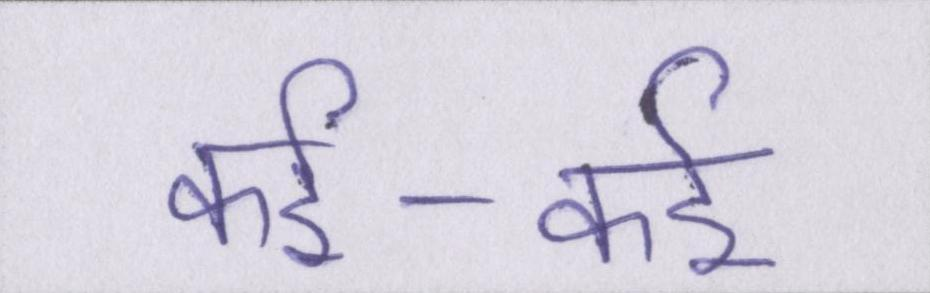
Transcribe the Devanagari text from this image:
कई-कई